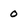
Character: 0